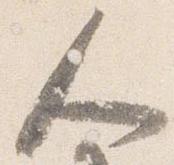
人